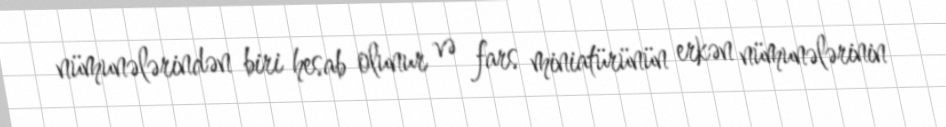
nümunələrindən biri hesab olunur və fars miniatürünün erkən nümunələrinin